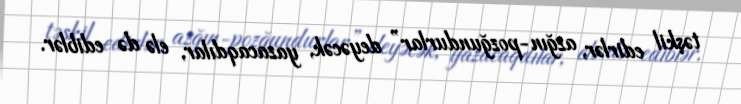
təşkil edirlər, azğın-pozğundurlar” deyəcək, yazacaqdılar, elə də ediblər.